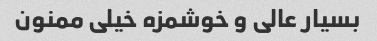
بسیار عالی و خوشمزه خیلی ممنون